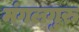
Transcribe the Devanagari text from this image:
मंगलगुरु